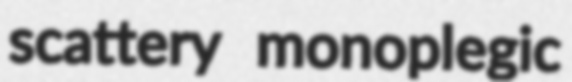
scattery monoplegic